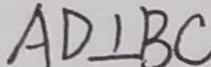
A D \bot B C